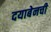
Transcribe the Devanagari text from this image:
दयाबेनची